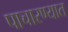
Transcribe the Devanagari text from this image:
पाचारण्यात